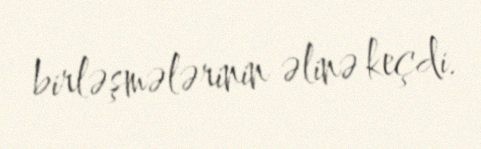
birləşmələrinin əlinə keçdi.